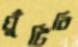
ঘুঁটিবি